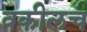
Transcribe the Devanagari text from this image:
वकीलच